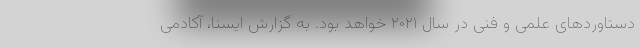
دستاوردهای علمی و فنی در سال ۲۰۲۱ خواهد بود. به گزارش ایسنا، آکادمی